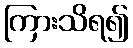
ကြားသိရ၍